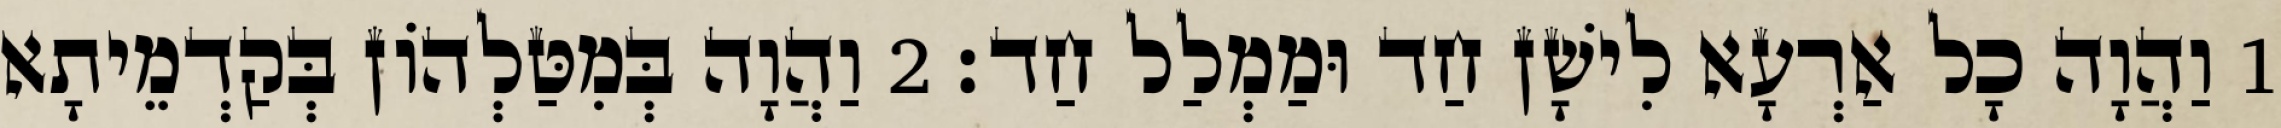
1 וַהֲוָה כָל אַרְעָא לִישָׁן חַד וּמַמְלַל חַד׃ 2 וַהֲוָה בְּמִטַּלְהוֹן בְּקַדְמֵיתָא